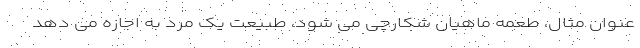
عنوان مثال، طعمه ماهیان شکارچی می شود، طبیعت یک مرد به اجازه می دهد